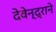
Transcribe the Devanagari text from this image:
देवेन्द्राने